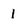
Character: 1